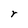
Character: r